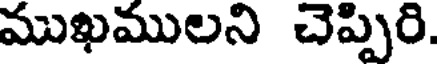
ముఖములని చెప్పిరి.